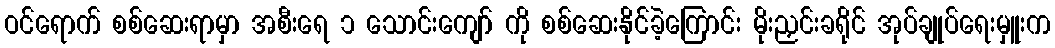
ဝင်ရောက် စစ်ဆေးရာမှာ အစီးရေ ၁ သောင်းကျော် ကို စစ်ဆေးနိုင်ခဲ့ကြောင်း မိုးညှင်းခရိုင် အုပ်ချုပ်ရေးမှူးက